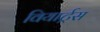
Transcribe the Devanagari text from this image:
वियार्ट्रस